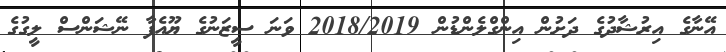
އޭނާގެ އިރުޝާދުގެ ދަށުން އިންގްލެންޑުން 2018/2019 ވަނަ ސީޒަނުގެ ޔޫއެފާ ނޭޝަންސް ލީގުގެ